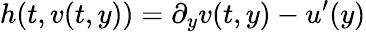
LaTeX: h(t,v(t,y))=\partial_{y}v(t,y)-u^{\prime}(y)